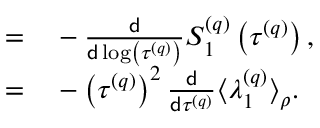
\begin{array} { r l } { = } & { { } - \frac { \mathsf { d } } { \mathsf { d } \log \left( \tau ^ { \left( q \right) } \right) } S _ { 1 } ^ { \left( q \right) } \left( \tau ^ { \left( q \right) } \right) , } \\ { = } & { { } - \left( \tau ^ { \left( q \right) } \right) ^ { 2 } \frac { \mathsf { d } } { \mathsf { d } \tau ^ { \left( q \right) } } \big \langle \lambda _ { 1 } ^ { \left( q \right) } \big \rangle _ { \rho } . } \end{array}